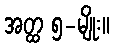
အတ္ထ ၅-မျိုး။